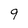
Character: 9